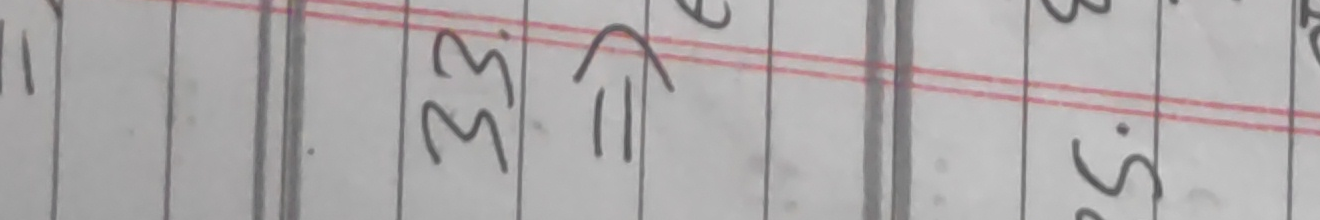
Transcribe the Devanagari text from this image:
३३ ११ ४.९